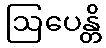
ဩပေန္တိ